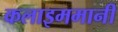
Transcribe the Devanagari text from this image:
कलाइममानी